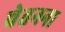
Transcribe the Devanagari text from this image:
चेतनना